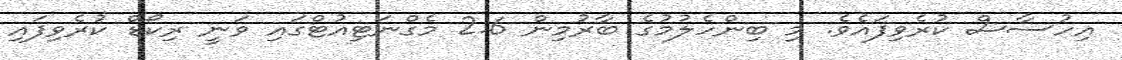
އިހުސާސް ކުރެވިފައެވެ. މި ބިންހެލުމުގެ ބާރުމިން 2.6 މެގްނަޓިއުޓްގައި ވަނީ ރިކޯޑް ކުރެވިފައި